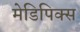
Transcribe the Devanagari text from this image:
मेडिपिक्स